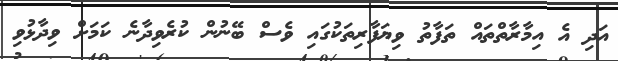
އަދި އެ އިމާރާތްތައް ތަފާތު ވިޔަފާރިތަކުގައި ވެސް ބޭނުން ކުރެވިދާނެ ކަމަށް ވިދާޅުވި